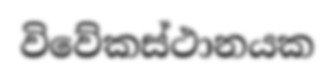
විවේකස්ථානයක